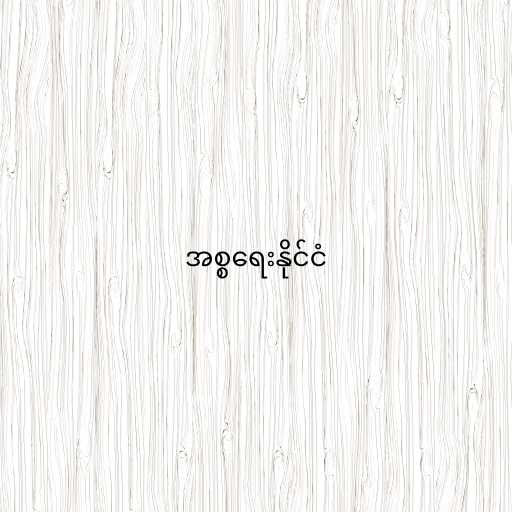
အစ္စရေးနိုင်ငံ